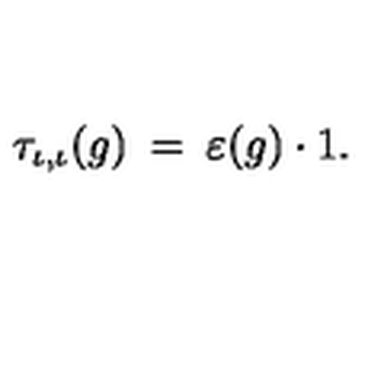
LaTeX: \tau _ { \iota , \iota } ( g ) \: = \: \varepsilon ( g ) \cdot 1 .